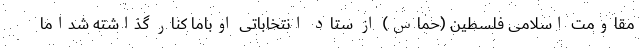
مقاومت اسلامی فلسطین (حماس) از ستاد انتخاباتی اوباما کنار گذاشته شداما